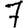
Digit: 7